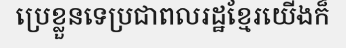
ប្រេខ្លួនទេប្រជាពលរដ្ឋខ្មែរយើងក៏